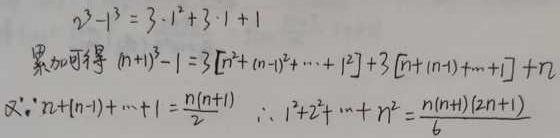
\[
\begin{align*}
2^{3}-1^{3}&=3\cdot1^{2}+3\cdot1 + 1\\
\text{累加可得 }(n + 1)^{3}-1&=3\left[n^{2}+(n - 1)^{2}+\cdots+1^{2}\right]+3\left[n+(n - 1)+\cdots+1\right]+n\\
\because n+(n - 1)+\cdots+1&=\frac{n(n + 1)}{2}\\
\therefore1^{2}+2^{2}+\cdots+n^{2}&=\frac{n(n + 1)(2n + 1)}{6}
\end{align*}
\]